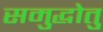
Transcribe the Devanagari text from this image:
समुद्धोतु